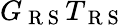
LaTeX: G_{\mathrm{~R~S~}}T_{\mathrm{~R~S~}}